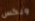
ويكس